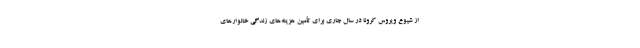
از شیوع ویروس کرونا در سال جاری برای تأمین هزینه‌های زندگی خانوارهای